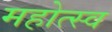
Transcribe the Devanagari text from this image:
महोत्स्व